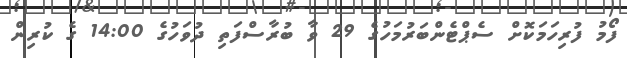
ފޯމު ފުރިހަމަކޮށް ސެޕްޓެންބަރުމަހުގެ 29 ވާ ބުރާސްފަތި ދުވަހުގެ 14:00 ގެ ކުރިން